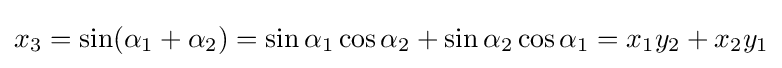
{\displaystyle }x_{3}=\sin({\alpha }_{1}+{\alpha }_{2})=\sin {\alpha }_{1}\cos {\alpha }_{2}+\sin {\alpha }_{2}\cos {\alpha }_{1}=x_{1}y_{2}+x_{2}y_{1}